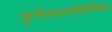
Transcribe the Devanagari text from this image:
कृमिरूपपरिशेषिका